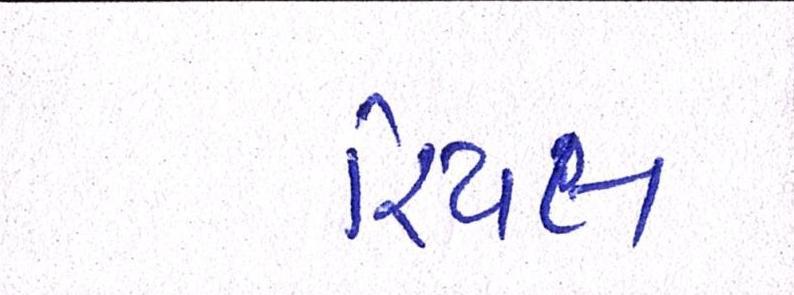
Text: રિયલ